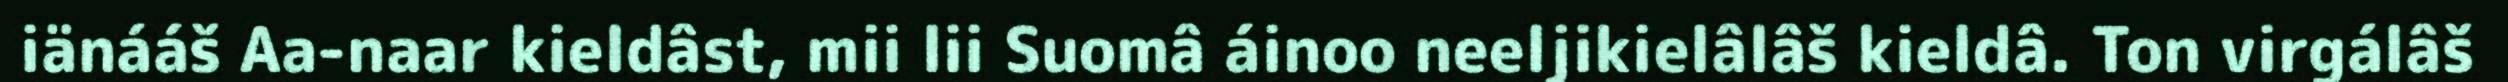
iänááš Aa-naar kieldâst, mii lii Suomâ áinoo neeljikielâlâš kieldâ. Ton virgálâš